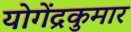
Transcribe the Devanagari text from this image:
योगेंद्रकुमार